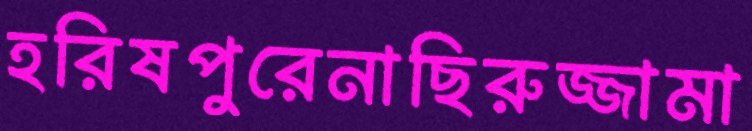
হরিষপুরেনাছিরুজ্জামা